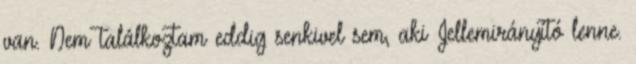
van. Nem találkoztam eddig senkivel sem, aki Jellemirányító lenne.